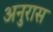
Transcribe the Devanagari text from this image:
अनुरास